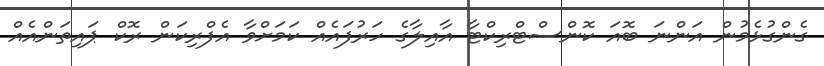
ގެންގުޅެމުން އަންނަ ބޮއަ ކޮންސްޓްރިކްޓާ އާއިލާގެ ހަރުފައެއް ކަމަށްވާ އެފްރިކަން ރޮކް ޕައިތަންއެއް